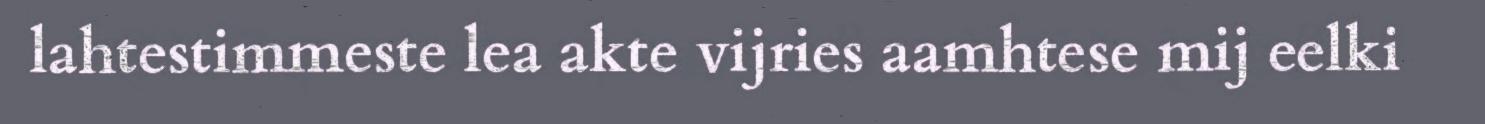
lahtestimmeste lea akte vijries aamhtese mij eelki